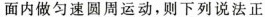
面内做匀速圆周运动，则下列说法正